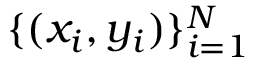
\{ ( x _ { i } , y _ { i } ) \} _ { i = 1 } ^ { N }